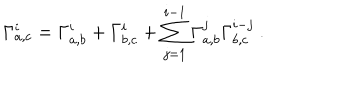
LaTeX: \Gamma _ { a , c } ^ { i } = \Gamma _ { a , b } ^ { i } + \Gamma _ { b , c } ^ { i } + \sum _ { j = 1 } ^ { i - 1 } \Gamma _ { a , b } ^ { j } \Gamma _ { b , c } ^ { i - j } ~ .